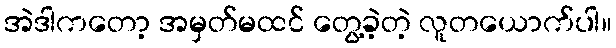
အဲဒါကတော့ အမှတ်မထင် တွေ့ခဲ့တဲ့ လူတယောက်ပါ။